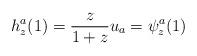
LaTeX: \begin{align*}h_{z}^{a}(1)=\frac{z}{1+z} u_{a}=\psi_{z}^{a}(1) \end{align*}